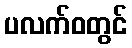
ပလက်ဝတွင်